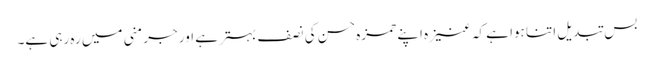
بس تبدیل اتنا ہوا ہے کہ عنیزہ اپنے حمزہ حسن کی نصف بہتر ہے اور جرمنی میں رہ رہی ہے۔